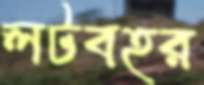
লটবহর